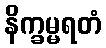
နိက္ခမ္မရတံ